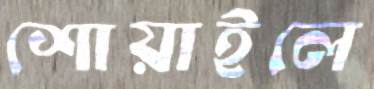
শোয়াইলে